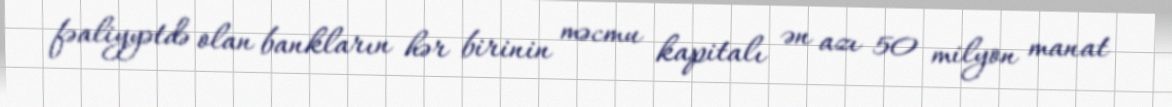
fəaliyyətdə olan bankların hər birinin məcmu kapitalı ən azı 50 milyon manat